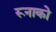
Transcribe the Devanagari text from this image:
रूनाको